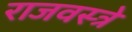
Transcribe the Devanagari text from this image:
राजवस्त्रे